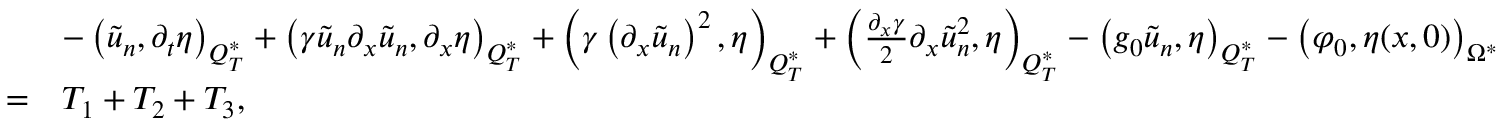
\begin{array} { r l } & { - \left( \tilde { u } _ { n } , \partial _ { t } \eta \right) _ { Q _ { T } ^ { * } } + \left( \gamma \tilde { u } _ { n } \partial _ { x } \tilde { u } _ { n } , \partial _ { x } \eta \right) _ { Q _ { T } ^ { * } } + \left( \gamma \left( \partial _ { x } \tilde { u } _ { n } \right) ^ { 2 } , \eta \right) _ { Q _ { T } ^ { * } } + \left( \frac { \partial _ { x } \gamma } { 2 } \partial _ { x } \tilde { u } _ { n } ^ { 2 } , \eta \right) _ { Q _ { T } ^ { * } } - \left( g _ { 0 } \tilde { u } _ { n } , \eta \right) _ { Q _ { T } ^ { * } } - \left( \varphi _ { 0 } , \eta ( x , 0 ) \right) _ { \Omega ^ { * } } } \\ { = } & { T _ { 1 } + T _ { 2 } + T _ { 3 } , } \end{array}